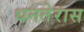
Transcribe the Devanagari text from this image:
धनतेरास